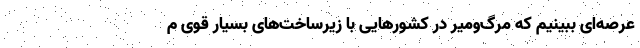
عرصه‌ای ببینیم که مرگ‌ومیر در کشورهایی با زیرساخت‌های بسیار قوی م